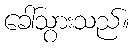
ခေါ်သွားသည်။